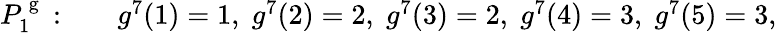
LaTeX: \begin{array}{rl}{P_{1}^{\mathrm{~g~}}:\quad}&{{}g^{7}(1)=1,\; g^{7}(2)=2,\; g^{7}(3)=2,\; g^{7}(4)=3,\; g^{7}(5)=3,}\end{array}